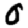
Digit: 0